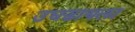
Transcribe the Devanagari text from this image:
उघडायला